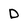
Character: D